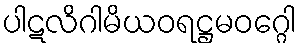
ပါဋလိဂါမိယဝရဋ္ဌမဝဂ္ဂေါ